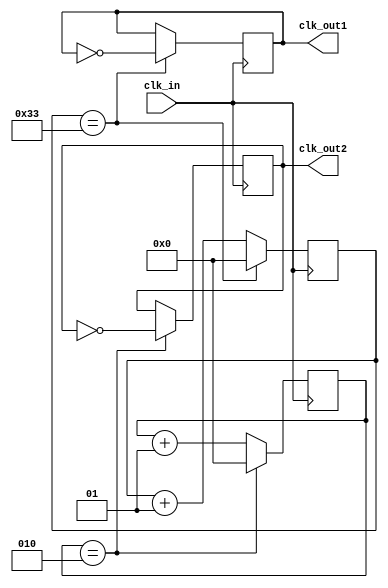
`timescale 1ns / 1ps
//////////////////////////////////////////////////////////////////////////////////
// Company: 
// Engineer: 
// 
// Design Name: 
// Module Name: Baud_Generator
// Project Name: 
// Target Devices: 
// Tool Versions: 
// Description: 
// 
// Dependencies: 
// 
// Revision:
// Revision 0.01 - File Created
// Additional Comments:
// 
//////////////////////////////////////////////////////////////////////////////////


module Baud_Generator(clk_in,clk_out1,clk_out2);

    input clk_in;
    output reg clk_out1=0; // for transmitter
    output reg clk_out2=0; // for reciever
    
    integer counter_1=0;
    integer counter_2=0;
    parameter div_value1=51;
    parameter div_value2=2;
    
    always@(posedge clk_in) 
    begin
        if(counter_1==div_value1) 
        begin
            counter_1=0;
            clk_out1=~clk_out1;
        end
        else 
        begin
            counter_1=counter_1+1;
            clk_out1=clk_out1;
        end
    end
    
    always@(posedge clk_in) 
    begin
        if(counter_2==div_value2) 
        begin
            counter_2=0;
            clk_out2=~clk_out2;
        end
        else 
        begin
            counter_2=counter_2+1;
            clk_out2=clk_out2;
        end
    end
endmodule